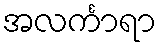
အလင်္ကာရာ